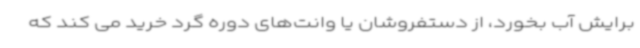
برایش آب بخورد، از دستفروشان یا وانت‌های دوره گرد خرید می کند که